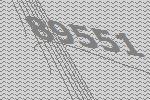
89551